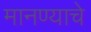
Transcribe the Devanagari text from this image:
मानण्याचे